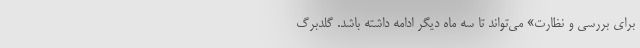
برای بررسی و نظارت» می‌تواند تا سه ماه دیگر ادامه داشته باشد. گلدبرگ